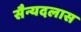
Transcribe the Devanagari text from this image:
सैन्यदलास